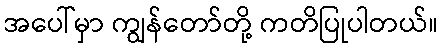
အပေါ်မှာ ကျွန်တော်တို့ ကတိပြုပါတယ်။